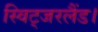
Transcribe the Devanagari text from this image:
स्विट्जरलैंड।